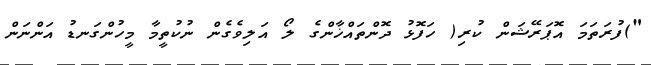
")ފުރަތަމަ އޮޕަރޭޝަން ކުރި( ހަފޮޅު ދޮންތައްޚާންގެ ލޯ އަލިވެގެން ނުކުތީމާ މީހުންގަނޑު އަންނަން